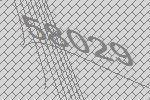
58029